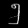
Digit: ၅